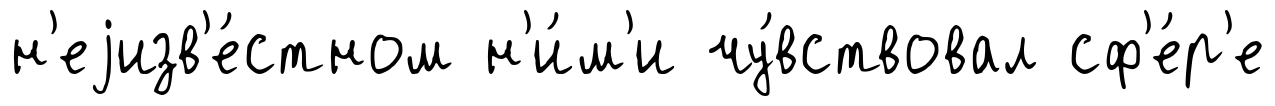
н'еjизв'е́стном н'и́м'и чу́вствовал сф'е́р'е